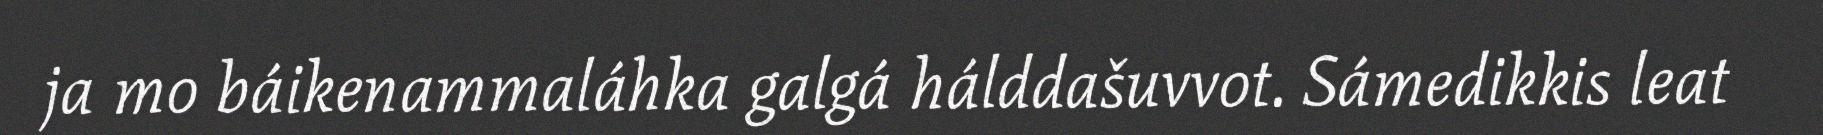
ja mo báikenammaláhka galgá hálddašuvvot. Sámedikkis leat